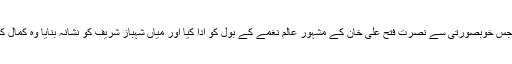
انہوں نے جس خوبصورتی سے نصرت فتح علی خان کے مشہور عالم نغمے کے بول کو ادا کیا اور میاں شہباز شریف کو نشانہ بنایا وہ کمال کا انداز تھا۔